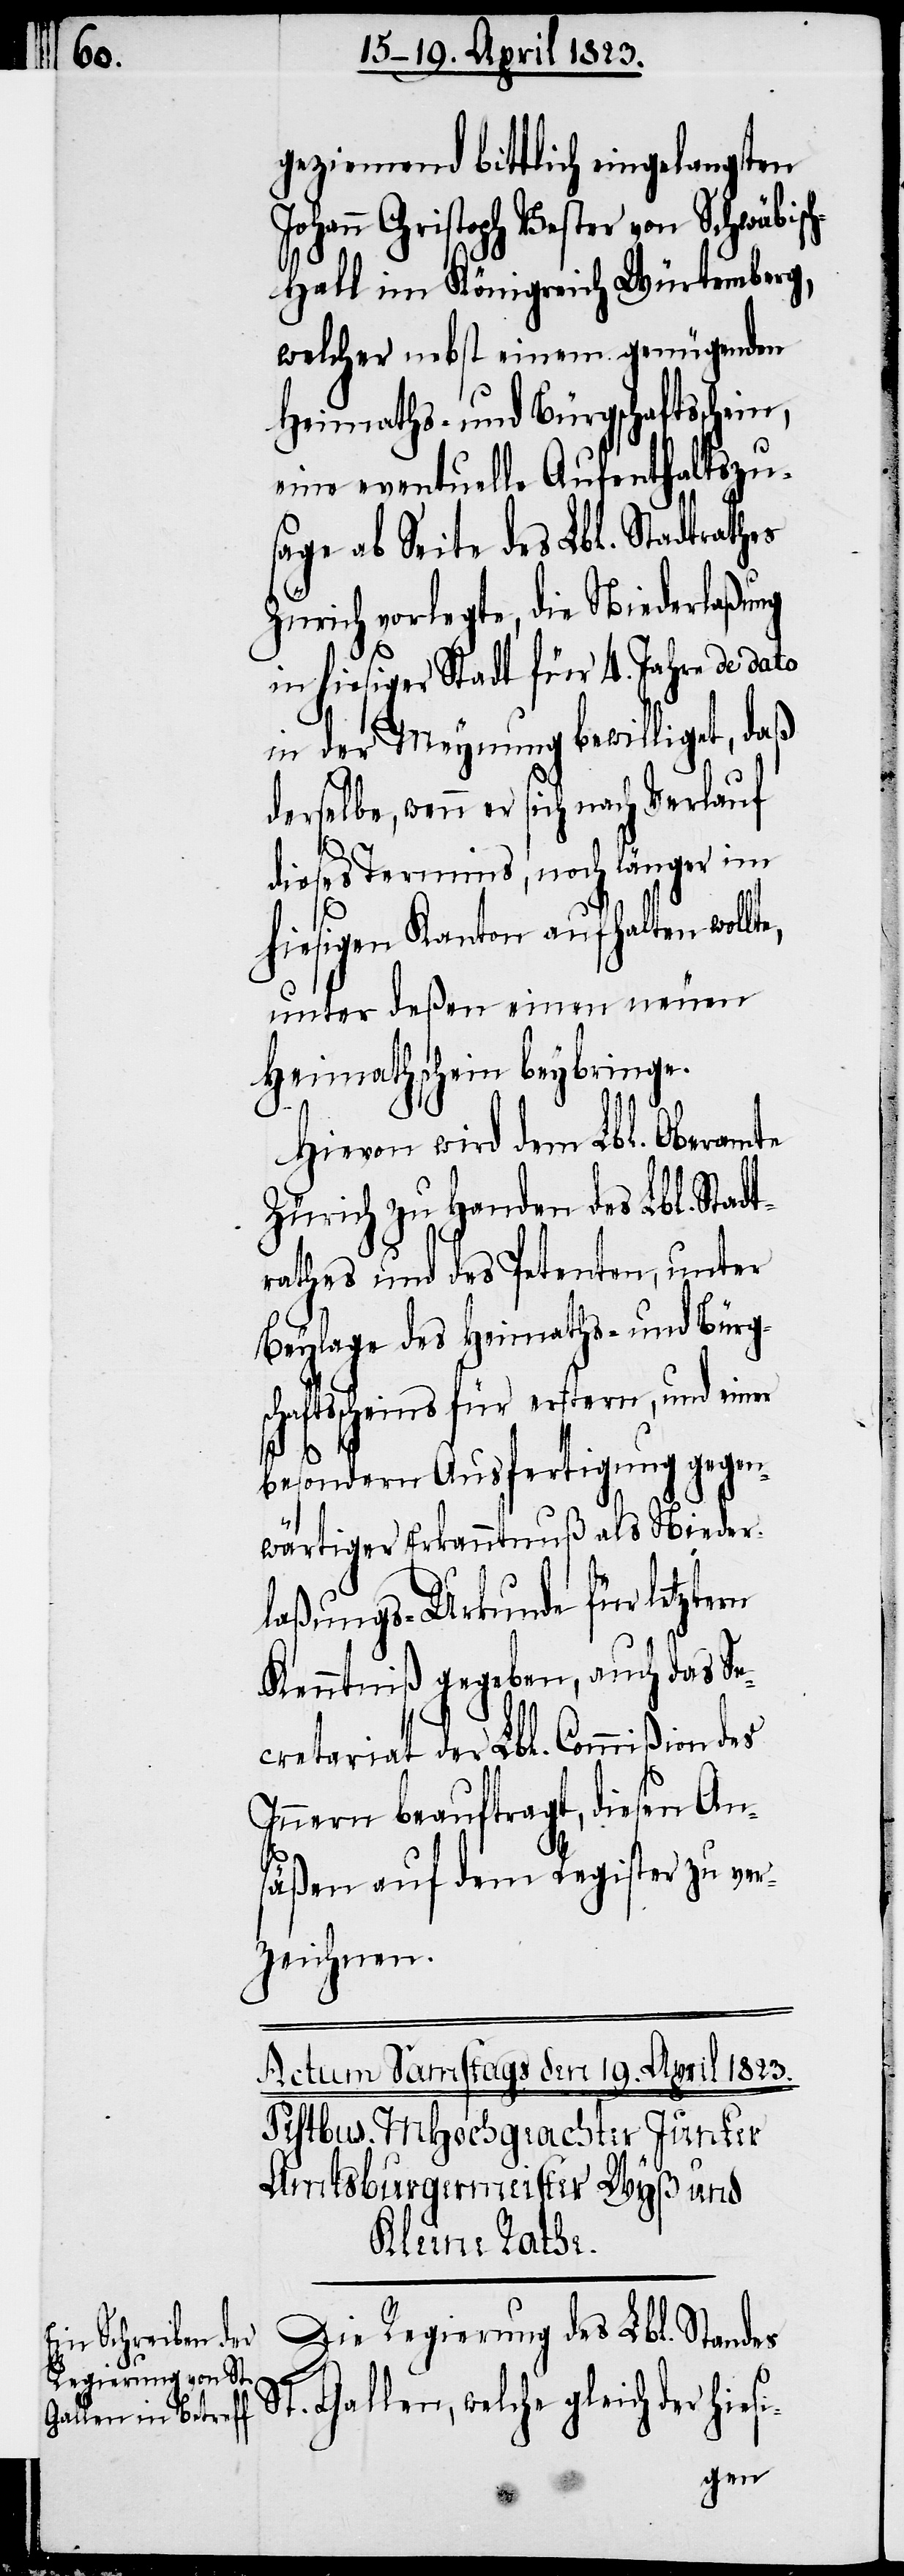
geziemend bittlich eingelangten
Johann Christoph Vester von Schwäbisc¬
h-Hall im Königreich Würtemberg,
welcher nebst einem genügenden
Heimaths- und Bürgschaftsschein,
eine eventuelle Aufenthaltszu¬
sage ab Seite des Lbl. Stadtrathes
Zürich vorlegte, die Niederlaßung
in hiesiger Stadt für 4. Jahre de dato
in der Meynung bewilliget, daß
derselbe, wenn er sich nach Verlauf
dieses Termins, noch länger im
hiesigen Kanton aufhalten woll¬
unter deßen einen neuen
Heimathschein beybringe.
l.
Hievon wird dem Lbl. Oberamte
Zürich zu Handen des Lbl. Stad¬
rathes und des Petenten, unter
Beylage des Heimaths- und Bürgs¬
haftsscheins für erstern, und einer
besondern Ausfertigung gegen¬
wärtiger Erkanntnuß als Nieder¬
laßungs-Urkunde für letztern
Kenntniß gegeben, auch das Se¬
cretariat der Lbl. Commißion des
Innern beauftragt, diesen An¬
c¬
säßen auf dem Register zu ver¬
zeichnen.
Regierung des Lb¬
St. Gallen, welche gleich der